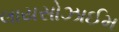
લાયસોઝાઈમ